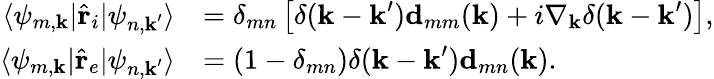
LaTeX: \begin{array}{rl}{\langle\psi_{m,\textbf{k}}|\hat{\textbf{r}}_{i}|\psi_{n,\textbf{k}^{\prime}}\rangle}&{=\delta_{mn}\left[\delta(\textbf{k}-\textbf{k}^{\prime})\textbf{d}_{mm}({\textbf{k}})+i\nabla_{\textbf{k}}\delta(\textbf{k}-\textbf{k}^{\prime})\right],}\\ {\langle\psi_{m,\textbf{k}}|\hat{\textbf{r}}_{e}|\psi_{n,\textbf{k}^{\prime}}\rangle}&{=\left(1-\delta_{mn}\right)\delta(\textbf{k}-\textbf{k}^{\prime})\textbf{d}_{mn}({\textbf{k}}).}\end{array}